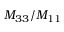
M _ { 3 3 } / M _ { 1 1 }